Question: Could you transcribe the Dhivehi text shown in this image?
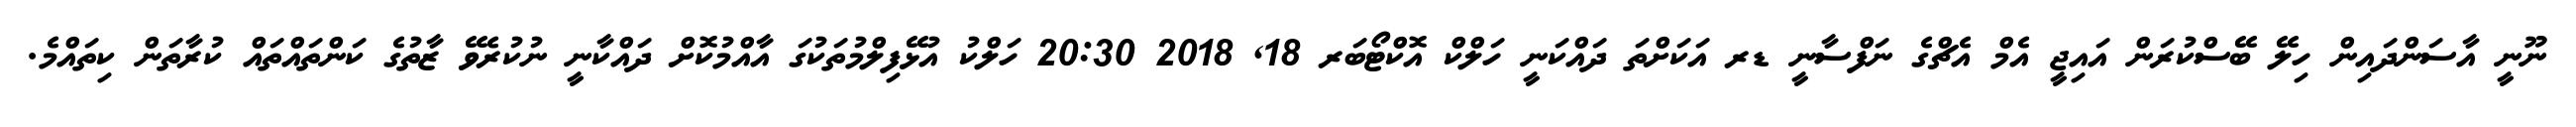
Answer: ނޫނީ އާސަންދައިން ހިލޭ ބޭސްކުރަން އައިޖީ އެމް އެޗްގެ ނަފްސާނީ ޑރ އަކަށްތަ ދައްކަނީ ހަލްކް އޮކްޓޯބަރ 18, 2018 20:30 ހަލްކު އުޅޭފިލްމުތަކުގަ އާއްމުކޮށް ދައްކާނީ ނުކުރެވޭ ޒާތުގެ ކަންތައްތައް ކުރާތަން ކިތައްމެ.